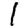
Digit: 1